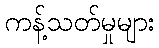
ကန့်သတ်မှုများ